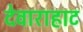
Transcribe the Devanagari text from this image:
देवाराहाट